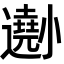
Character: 𡮾